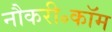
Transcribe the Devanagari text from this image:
नौकरी॰कॉम